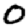
Digit: 0